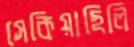
সেকিয়াছিলি